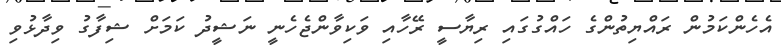
އެހެންކަމުން ރައްޔިތުންގެ ހައްގުގައި ރިޔާސީ ރޭހާއި ވަކިވާންޖެހެނީ ނަޝީދު ކަމަށް ޝިފާގު ވިދާޅުވި